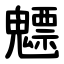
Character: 魒